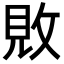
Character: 𫾴